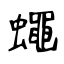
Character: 蠅